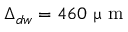
\Delta _ { d w } = 4 6 0 ~ \upmu \textrm { m }